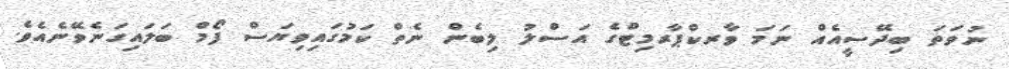
ނުވަތަ ބިދޭސީއެއް ނަމަ ވާރކްޕާރމިޓްގެ އަސްލު ލިބެން ނެތް ކަމުގައިވިޔަސް ފޯމް ބަލައިގަނެވޭނެއެވެ.